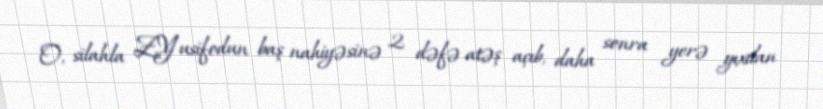
O, silahla Z.Yusifodun baş nahiyəsinə 2 dəfə atəş açıb, daha sonra yerə yıxılan